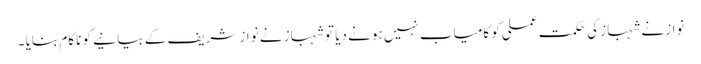
نوازنے شہباز کی حکمت عملی کو کامیاب نہیں ہونے دیا تو شہباز نے نواز شریف کے بیانیے کو ناکام بنایا ۔